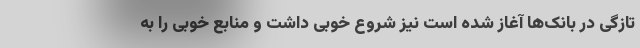
تازگی در بانک‌ها آغاز شده است نیز شروع خوبی داشت و منابع خوبی را به